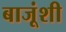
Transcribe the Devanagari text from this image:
बाजूंशी